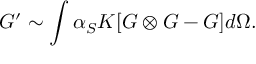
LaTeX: G ^ { \prime } \sim \int \alpha _ { S } K [ G \otimes G - G ] d \Omega .